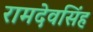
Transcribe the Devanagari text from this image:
रामदेवसिंह